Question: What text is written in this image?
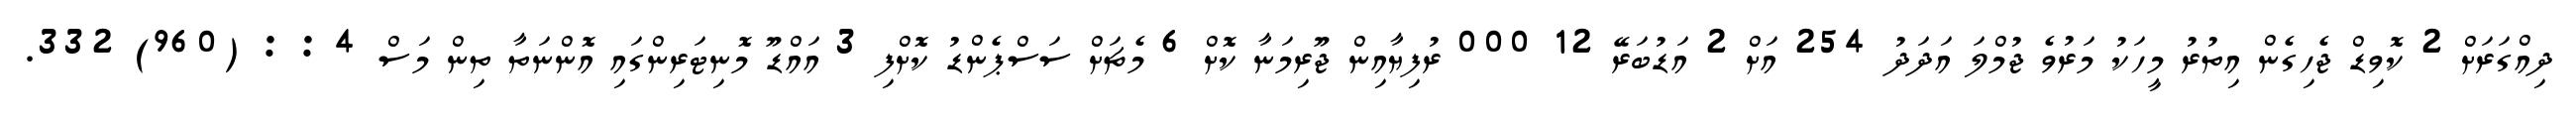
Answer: ދިއްގަރަށް 2 ކޮވިޑް ޖެހިގެން އިތުރު މީހަކު މަރުވެ ޖުމްލަ އަދަދު 254 އަށް 2 އަޑުބަރޭ 12 000 ރުފިޔާއިން ޖޫރިމަނާ ކޮށް 6 މެޗަށް ސަސްޕެންޑު ކޮށްފި 3 އައްޑޫ މޮނިޓަރިންގައި އޮންނަތާ ތިން މަސް 4 : : (960) 332.